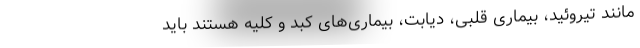
مانند تیروئید، بیماری قلبی، دیابت، بیماری‌های کبد و کلیه هستند باید